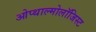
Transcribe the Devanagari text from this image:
ओप्थाल्मोलॉजिस्ट